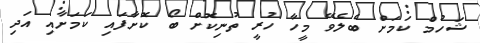
ޝަހުމް ކަމަށް ބެލެވޭ މީހާ ހުރީ ތުނިކޮށް ބޯ ކޮށާފައި ކަމަށާއި އަދި